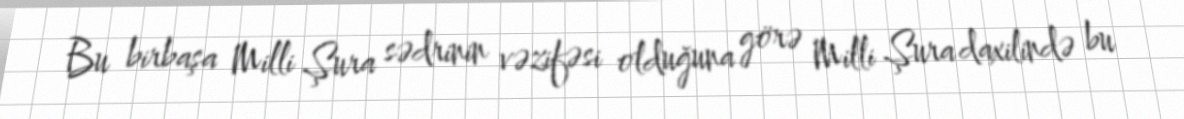
Bu birbaşa Milli Şura sədrinin vəzifəsi olduğuna görə Milli Şura daxilində bu